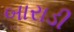
બારાડી